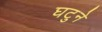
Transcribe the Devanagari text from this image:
घटुने